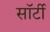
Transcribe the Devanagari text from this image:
साॅर्टी